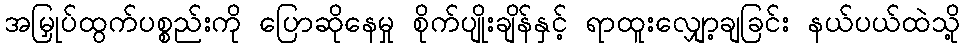
အမြှုပ်ထွက်ပစ္စည်းကို ပြောဆိုနေမှု စိုက်ပျိုးချိန်နှင့် ရာထူးလျှော့ချခြင်း နယ်ပယ်ထဲသို့